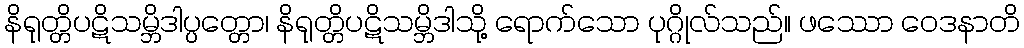
နိရုတ္တိပဋိသမ္ဘိဒါပ္ပတ္တော၊ နိရုတ္တိပဋိသမ္ဘိဒါသို့ ရောက်သော ပုဂ္ဂိုလ်သည်။ ဖဿော ဝေဒနာတိ